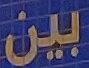
بين